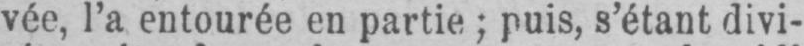
vée, l’a entourée en partie; puis, s’étant divi-